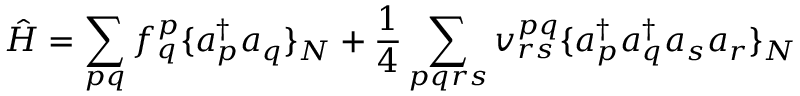
\hat { H } = \sum _ { p q } f _ { q } ^ { p } \{ a _ { p } ^ { \dagger } a _ { q } \} _ { N } + \frac { 1 } { 4 } \sum _ { p q r s } v _ { r s } ^ { p q } \{ a _ { p } ^ { \dagger } a _ { q } ^ { \dagger } a _ { s } a _ { r } \} _ { N }